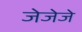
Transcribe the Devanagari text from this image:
जेजेजे